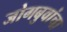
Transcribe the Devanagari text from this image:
जोगबुवांचा